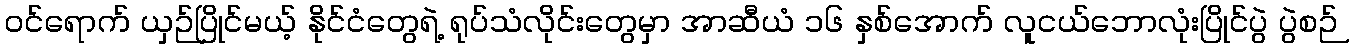
၀င်ရောက် ယှဉ်ပြိုင်မယ့် နိုင်ငံတွေရဲ့ ရုပ်သံလိုင်းတွေမှာ အာဆီယံ ၁၆ နှစ်အောက် လူငယ်ဘောလုံးပြိုင်ပွဲ ပွဲစဉ်